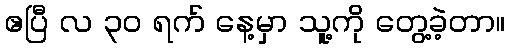
ဧပြီ လ ၃၀ ရက် နေ့မှာ သူ့ကို တွေ့ခဲ့တာ။